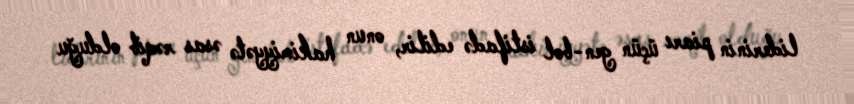
liderinin piarı üçün gen-bol istifadə edilir, onun hakimiyyətə əsas rəqib olduğu